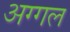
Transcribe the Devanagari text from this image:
अग्गल